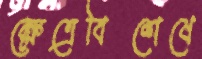
ক্ষেত্রেবিশেষে